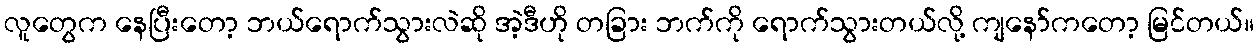
လူတွေက နေပြီးတော့ ဘယ်ရောက်သွားလဲဆို အဲ့ဒီဟို တခြား ဘက်ကို ရောက်သွားတယ်လို့ ကျနော်ကတော့ မြင်တယ်။